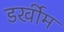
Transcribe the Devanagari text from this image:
डर्खीम